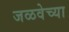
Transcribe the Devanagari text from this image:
जळवेच्या